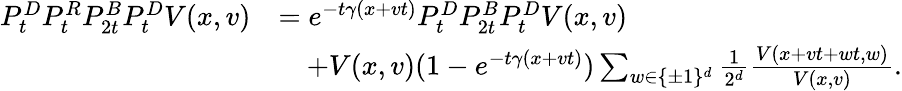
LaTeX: \begin{array}{rl}{P_{t}^{D}P_{t}^{R}P_{2t}^{B}P_{t}^{D}V(x,v)}&{=e^{-t\gamma(x+vt)}P_{t}^{D}P_{2t}^{B}P_{t}^{D}V(x,v)}\\ &{\quad+V(x,v)(1-e^{-t\gamma(x+vt)})\sum_{w\in\{ \pm 1\} ^{d}}\frac{1}{2^{d}}\frac{V(x+vt+wt,w)}{V(x,v)}.}\end{array}